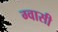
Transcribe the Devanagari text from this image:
ग्वासी